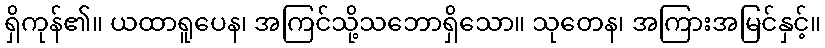
ရှိကုန်၏။ ယထာရူပေန၊ အကြင်သို့သဘောရှိသော။ သုတေန၊ အကြားအမြင်နှင့်။